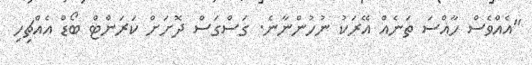
"އެއްވެސް ހާއްސަ ތަނެއް އޭރަކު ނުހުންނާނެ. ގަސްގަސް ދޮށަށް ކަރަންޓް ބޯޑް އެއްޗިހި